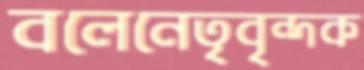
বলেনেতৃবৃন্দক